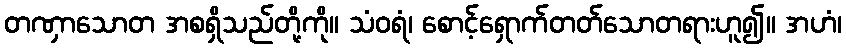
တဏှာသောတ အစရှိသည်တို့ကို။ သံဝရံ၊ စောင့်ရှောက်တတ်သောတရားဟူ၍။ အဟံ၊